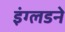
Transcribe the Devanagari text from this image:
इंग्लडने